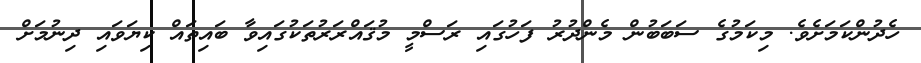
ހެދުންކަމަށެވެ. މިކަމުގެ ސަބަބުން މެންދުރު ފަހުގައި ރަސްމީ މުޤައްރަރުތަކުގައިވާ ބައިތައް ކިޔަވައި ދިނުމަށް